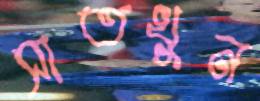
সাতখুন